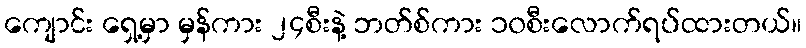
ကျောင်း ရှေ့မှာ မှန်ကား ၂၄စီးနဲ့ ဘတ်စ်ကား ၁၀စီးလောက်ရပ်ထားတယ်။